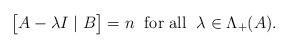
LaTeX: \begin{align*}\;\big[A-\lambda I\mid B\big]=n\;\mbox{ for all }\;\lambda\in\Lambda_+(A).\end{align*}